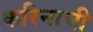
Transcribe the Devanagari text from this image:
करिनाची